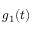
g _ { 1 } ( t )